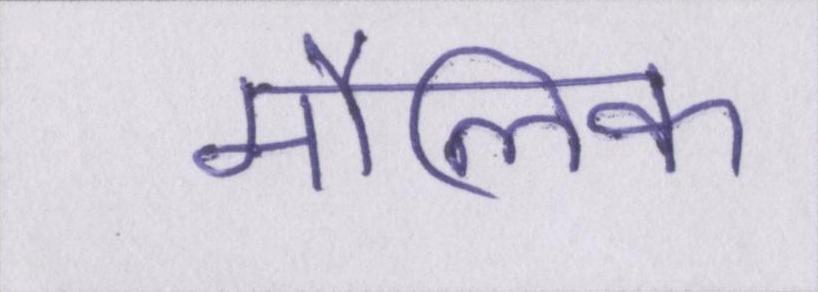
मौलिक